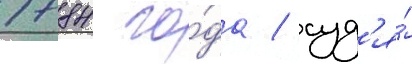
1784 го́да / суд'я́